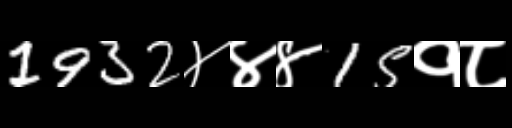
Text: 1932४४४15१८